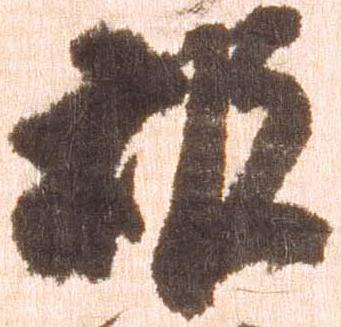
被